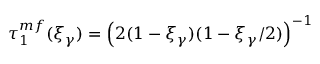
\tau _ { 1 } ^ { m f } ( \xi _ { \gamma } ) = \left( 2 ( 1 - \xi _ { \gamma } ) ( 1 - \xi _ { \gamma } / 2 ) \right) ^ { - 1 }